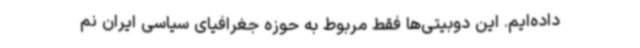
داده‌ایم. این دوبیتی‌ها فقط مربوط به حوزه جغرافیای سیاسی ایران نم